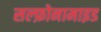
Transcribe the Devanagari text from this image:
सल्फ़ोनामाइड